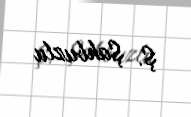
Ş. Şahbuzlu